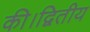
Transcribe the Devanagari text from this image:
की।द्वितीय